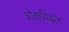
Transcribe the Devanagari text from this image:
शोकविह्वल